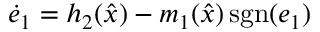
{ \dot { e } } _ { 1 } = h _ { 2 } ( { \hat { x } } ) - m _ { 1 } ( { \hat { x } } ) \operatorname { s g n } ( e _ { 1 } )